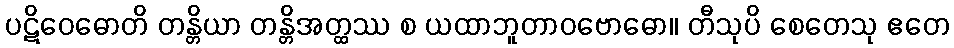
ပဋိဝေဓောတိ တန္တိယာ တန္တိအတ္ထဿ စ ယထာဘူတာဝဗောဓော။ တီသုပိ စေတေသု ဧတေ